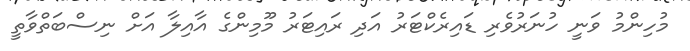
މުހިންމު ވަނީ ހުނަރުވެރި ޑައިރެކްޓަރު އަދި ރައިޓަރު މޫމިންގެ އާއިލާ އަށް ނިސްބަތްވާތީ